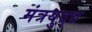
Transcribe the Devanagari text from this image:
मंत्रयुद्ध